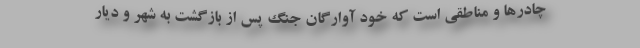
چادرها و مناطقی است که خود آوارگان جنگ پس از بازگشت به شهر و دیار